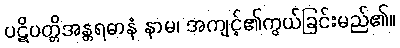
ပဋိပတ္တိအန္တရဓာနံ နာမ၊ အကျင့်၏ကွယ်ခြင်းမည်၏။